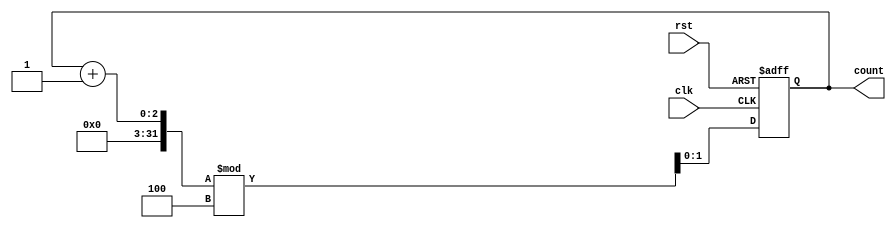
module binary_counter #(parameter N = 2) (
    input wire clk,       // Clock signal
    input wire rst,       // Reset signal
    output reg [N-1:0] count // N-bit output for the counter
);

    // On reset, set count to 0, otherwise increment on clock
    always @(posedge clk or posedge rst) begin
        if (rst) begin
            count <= 0; // Reset to 0
        end else begin
            count <= (count + 1) % (1 << N); // Increment and wrap around
        end
    end

endmodule